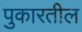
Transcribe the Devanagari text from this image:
पुकारतील